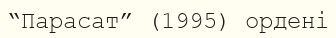
“Парасат” (1995) ордені